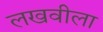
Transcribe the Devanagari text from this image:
लखवीला